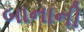
બાનાની